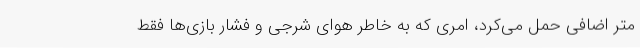
متر اضافی حمل می‌کرد، امری که به خاطر هوای شرجی و فشار بازی‌ها فقط